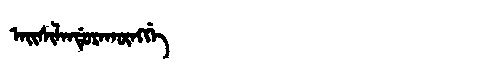
Manchu: ᠠᡳᠰᡳᠯᠠᠨᡩᡠᡵᠠᡴᡡᠩᡤᡝ
Romanization: AISILANDURAKŪNGGE